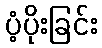
ပံ့ပိုးခြင်း